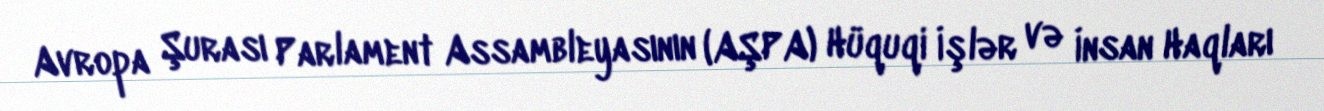
Avropa Şurası Parlament Assambleyasının (AŞPA) Hüquqi İşlər və İnsan Haqları